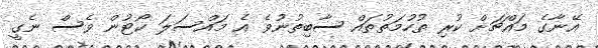
އޭނާގެ މައްޗަށް ކުރި ތުހުމަތުތައް ސާބިތުނުވެ އެ މައްސަލަ ކޯޓުން ވެސް ނެގީ